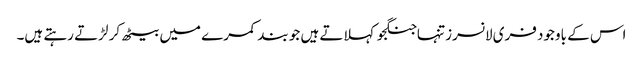
اس کے باوجود فری لانسرز تنہاجنگجو کہلاتے ہیں جو بند کمرے میں بیٹھ کر لڑتے رہتے ہیں۔